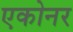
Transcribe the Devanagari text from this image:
एकोनर